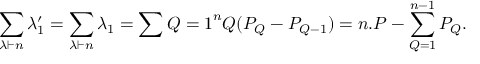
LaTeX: \sum _ { \lambda \vdash n } \lambda _ { 1 } ^ { \prime } = \sum _ { \lambda \vdash n } \lambda _ { 1 } = \sum { Q = 1 } ^ { n } Q ( P _ { Q } - P _ { Q - 1 } ) = n . P - \sum _ { Q = 1 } ^ { n - 1 } P _ { Q } { } .